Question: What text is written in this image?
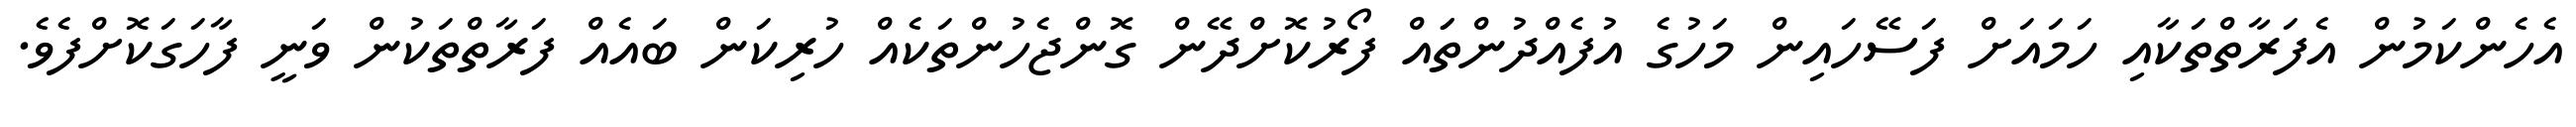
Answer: އެހެންކަމުން އެފަރާތްތަކާއި ހަމައަށް ފަސޭހައިން މަހުގެ އުފެއްދުންތަައް ފޯރުކޮށްދޭން ގޮންޖެހުންތަކެއް ހުރިކަން ބައެއް ފަރާތްތަކުން ވަނީ ފާހަގަކޮށްފެވެ.